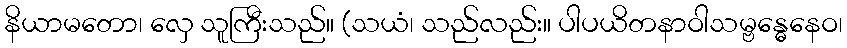
နိယာမတော၊ လှေ သူကြီးသည်။ (သယံ၊ သည်လည်း။ ပါပယိတနာဝါသမ္ဗန္ဓေနေဝ၊